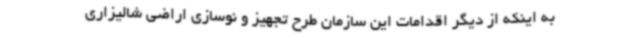
به اینکه از دیگر اقدامات این سازمان طرح تجهیز و نوسازی اراضی شالیزاری